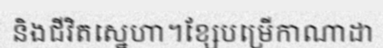
និងជីវិតស្នេហា។ខ្សែបម្រើកាណាដា